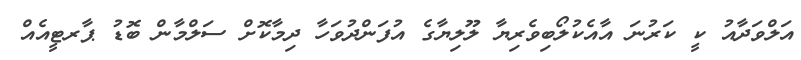
އަލްވަދާއު ކީ ކަރުނަ އާއެކުލޯބިވެރިޔާ ލޫލިޔާގެ އުފަންދުވަހާ ދިމާކޮށް ސަލްމާން ބޮޑު ޕާރޓީއެއް